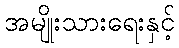
အမျိုးသားရေးနှင့်